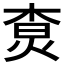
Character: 𤉲